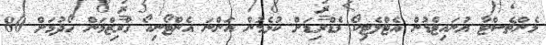
މެންޗެސްޓާ ޔުނައިޓެޑުން އެޓްލެޓިކޯ މެޑްރިޑަށް ކުޅެމުން އަންނަ އެންޓޯނިއޯ ގްރިޒްމަން ހޯދުމަށް 80